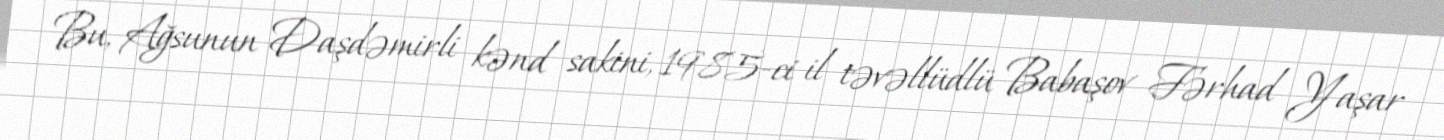
Bu, Ağsunun Daşdəmirli kənd sakini, 1985-ci il təvəllüdlü Babaşov Fərhad Yaşar